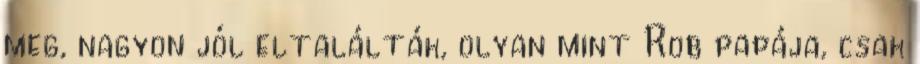
meg, nagyon jól eltalálták, olyan mint Rob papája, csak